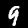
Label: 9